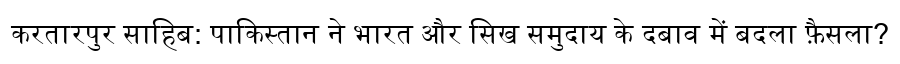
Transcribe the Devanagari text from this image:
करतारपुर साहिब: पाकिस्तान ने भारत और सिख समुदाय के दबाव में बदला फ़ैसला?